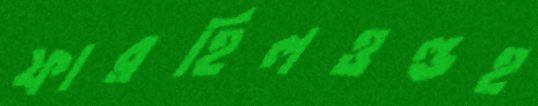
ফারহিলওল্ডহ